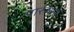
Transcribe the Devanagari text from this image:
पारुषले